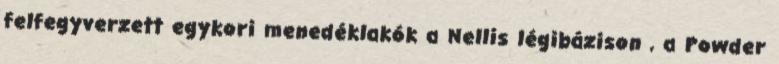
felfegyverzett egykori menedéklakók a Nellis légibázison , a Powder